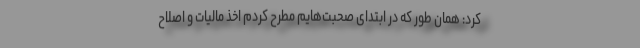
کرد: همان طور که در ابتدای صحبت‌هایم مطرح کردم اخذ مالیات و اصلاح